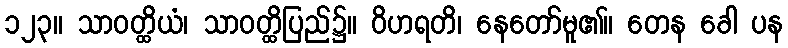
၁၂၃။ သာဝတ္ထိယံ၊ သာဝတ္ထိပြည်၌။ ဝိဟရတိ၊ နေတော်မူ၏။ တေန ခေါ ပန